Indian journal of veterinary science and animal husbandry - Volume 2,
Year: 1932
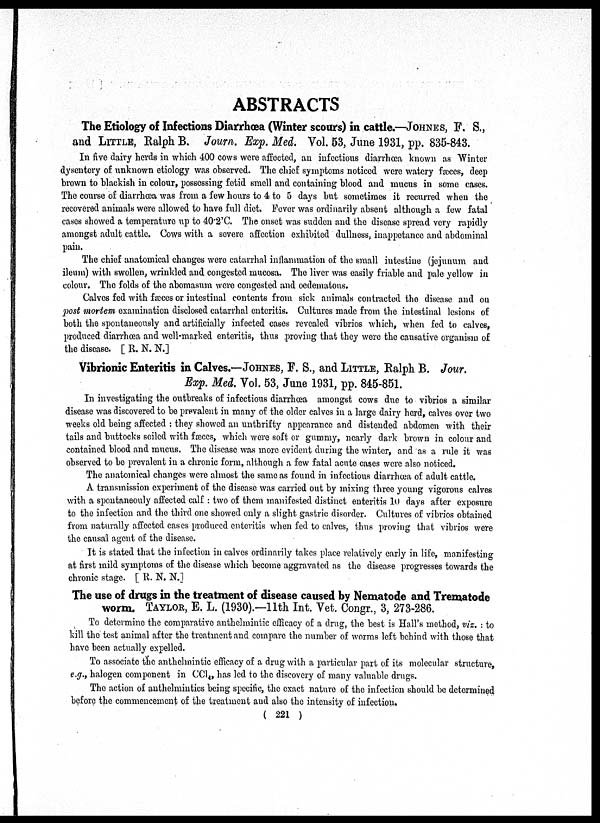
ABSTRACTS
The Etiology of Infections Diarrhœa (Winter scours) in cattle.—JOHNES, F. S.,
and LITTLE, Ralph B. Journ. Exp. Med. Vol. 53, June 1931, pp. 835-843.
In five dairy herds in which 400 cows were affected, an infectious diarrhœa known as Winter
dysentery of unknown etiology was observed. The chief symptoms noticed were watery fæces, deep
brown to blackish in colour, possessing fetid smell and containing blood and mucus in some cases.
The course of diarrhœa was from a few hours to 4 to 5 days but sometimes it recurred when the
recovered animals were allowed to have full diet. Fever was ordinarily absent although a few fatal
cases showed a temperature up to 40.2°C. The onset was sudden and the disease spread very rapidly
amongst adult cattle. Cows with a severe affection exhibited dullness, inappetance and abdominal
pain.
The chief anatomical changes were catarrhal inflammation of the small intestine (jejunum and
ileum) with swollen, wrinkled and congested mucosa. The liver was easily friable and pale yellow in
colour. The folds of the abomasum were congested and œdematous.
Calves fed with fæces or intestinal contents from sick animals contracted the disease and on
post mortem examination disclosed catarrhal enteritis. Cultures made from the intestinal lesions of
both the spontaneously and artificially infected cases revealed vibrios which, when fed to calves,
produced diarrhœa and well-marked enteritis, thus proving that they were the causative organism of
the disease. [ R. N. N.]
Vibrionic Enteritis in Calves.—JOHNES, F. S., and LITTLE, Ralph B. Jour.
Exp. Med. Vol. 53, June 1931, pp. 845-851.
In investigating the outbreaks of infectious diarrhœa amongst cows due to vibrios a similar
disease was discovered to be prevalent in many of the older calves in a large dairy herd, calves over two
weeks old being affected : they showed an unthrifty appearance and distended abdomen with their
tails and buttocks soiled with fæces, which were soft or gummy, nearly dark brown in colour and
contained blood and mucus. The disease was more evident during the winter, and as a rule it was
observed to be prevalent in a chronic form, although a few fatal acute cases were also noticed.
The anatomical changes were almost the same as found in infectious diarrhœa of adult cattle.
A transmission experiment of the disease was carried out by mixing three young vigorous calves
with a spontaneouly affected calf : two of them manifested distinct enteritis 10 days after exposure
to the infection and the third one showed only a slight gastric disorder. Cultures of vibrios obtained
from naturally affected cases produced enteritis when fed to calves, thus proving that vibrios were
the causal agent of the disease.
It is stated that the infection in calves ordinarily takes place relatively early in life, manifesting
at first mild symptoms of the disease which become aggravated as the disease progresses towards the
chronic stage. [ R. N. N.]
The use of drugs in the treatment of disease caused by Nematode and Trematode
worm. TAYLOR, E. L. (1930).—11th Int. Vet. Congr., 3, 273-286.
To determine the comparative anthelmintic efficacy of a drug, the best is Hall's method, viz. : to
kill the test animal after the treatment and compare the number of worms left behind with those that
have been actually expelled.
To associate the anthelmintic efficacy of a drug with a particular part of its molecular structure,
e.g., halogen component in CCl 4 , has led to the discovery of many valuable drugs.
The action of anthelmintics being specific, the exact nature of the infection should be determined
before the commencement of the treatment and also the intensity of infection.
( 221 )